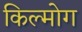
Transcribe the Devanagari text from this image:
किल्मोग